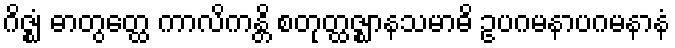
ဂိဇ္ဈံ ဓာတွတ္ထေ ကာလိကန္တိ စတုတ္ထဇ္ဈာနသမာဓိ ဥပဂမနာပဂမနာနံ